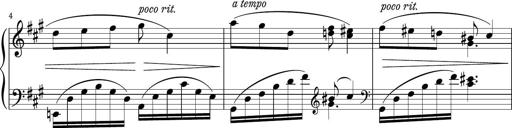
Title: Sonatina PandemÃ³nium
Composer: VÃ­ctor Carbajo
Key: C major